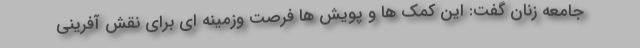
جامعه زنان گفت: این کمک ها و پویش ها فرصت وزمینه ای برای نقش آفرینی